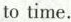
to time.